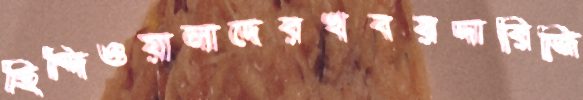
হিন্দিওয়ালাদেরখবরদারিজি